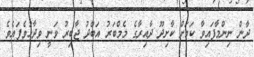
ދާން ނިންމާފައިވާ ކަމަށް ކާށިދޫ ދާއިރާގެ މެމްބަރު އަބްދު ޖާބިރު ވަނީ ވިދާޅުވެފައެވެ.